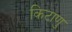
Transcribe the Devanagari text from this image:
किटाणु